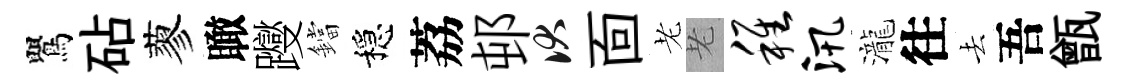
鸎砧蓼瞰躞鐺穩荔邨伏靣老老稚汛瀧往去吾甑